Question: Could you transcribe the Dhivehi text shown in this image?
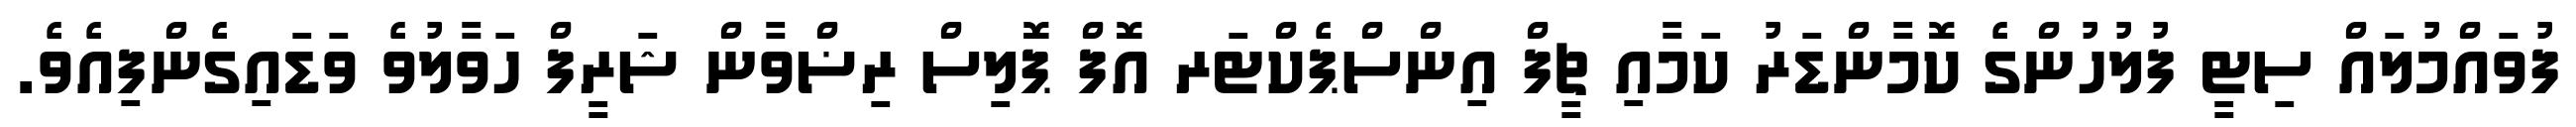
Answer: ފުވައްމުލައް ސިޓީ ފުލުހުންގެ ކޮމާންޑަރު ކަމާއި ޗީފް އިންސްޕެކްޓަރ އޮފް ޕޮލިސް ރިޟްވާން ޝަރީފް ހަވާލުވެ ވަޑައިގެންފިއެވެ.